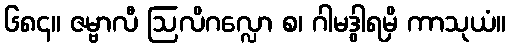
၆၈၄။ ဇမ္ဗာလီ ဩလိဂလ္လော စ၊ ဂါမဒွါရမှိ ကာသုယံ။